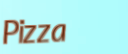
Pizza